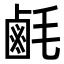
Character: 𪉚